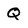
Character: Q